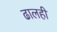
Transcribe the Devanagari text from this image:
ढालही